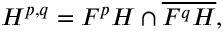
H ^ { p , q } = F ^ { p } H \cap { \overline { { F ^ { q } H } } } ,